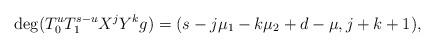
LaTeX: \begin{align*}\deg(T_0^u T_1^{s-u} X^j Y^k g) = (s-j\mu_1-k\mu_2+d-\mu,j+k+1),\end{align*}